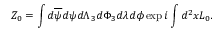
Z _ { 0 } = \int d \overline { { { \psi } } } d \psi d { \Lambda } _ { 3 } d \Phi _ { 3 } d \lambda d \phi \exp i \int d ^ { 2 } x { \cal L } _ { 0 } .